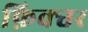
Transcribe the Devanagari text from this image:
फ़िक्चर